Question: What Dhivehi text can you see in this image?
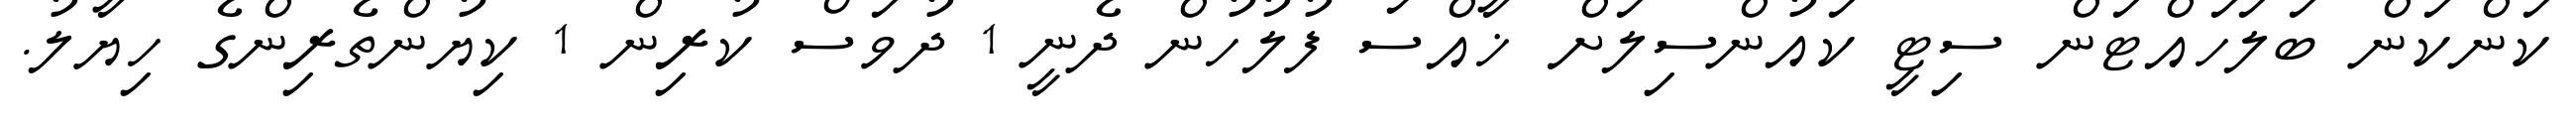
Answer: ކަންކަން ބަލަހައްޓަން ސިޓީ ކައުންސިލަށް ޚާއްސަ ފުލުހުން ދެނީ 1 ދުވަސް ކުރިން 1 ކިޔުންތެރިންގެ ހިޔާލު.